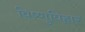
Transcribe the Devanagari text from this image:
विष्णुविहार